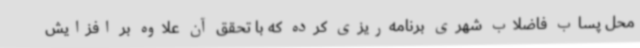
محل پساب فاضلاب شهری برنامه‌ریزی کرده که با تحقق آن علاوه بر افزایش